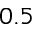
0 . 5